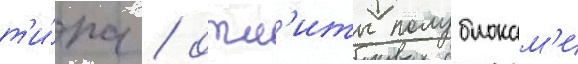
т'и́па / отл'иты полублокам'и